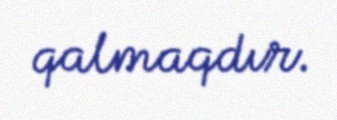
qalmaqdır.